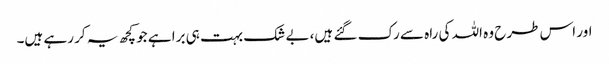
اور اس طرح وہ اللہ کی راہ سے رک گئے ہیں، بے شک بہت ہی برا ہے جو کچھ یہ کر رہے ہیں۔